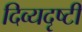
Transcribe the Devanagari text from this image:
दिव्यदृष्टी